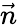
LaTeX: \vec{n}